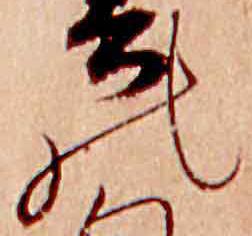
の